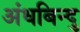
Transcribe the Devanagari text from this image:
अंधबिन्दु